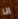
انا